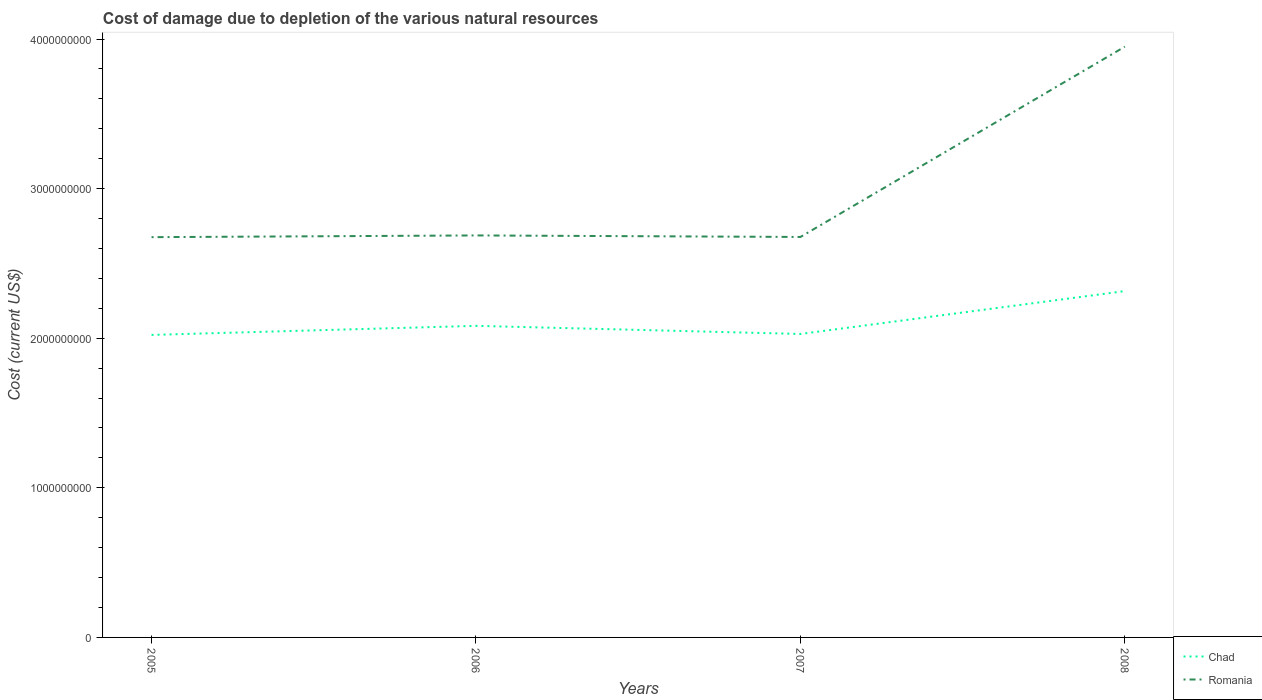
| Years | Chad | Romania |
 | --- | --- | --- |
 | 2005 | 2.02e+09 | 2.68e+09 |
 | 2006 | 2.08e+09 | 2.69e+09 |
 | 2007 | 2.03e+09 | 2.68e+09 |
 | 2008 | 2.32e+09 | 3.95e+09 |